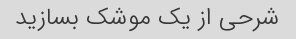
شرحی از یک موشک بسازید